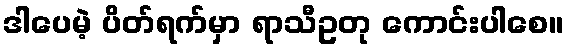
ဒါပေမဲ့ ပိတ်ရက်မှာ ရာသီဥတု ကောင်းပါစေ။